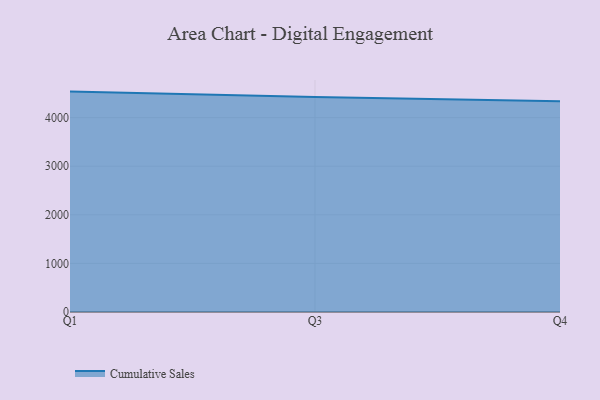
{"axis": {"x": "Quarter", "y": "LTV (USD)"}, "legend": ["Cumulative Sales"], "data": [{"x": "Q1", "y": 4536.0, "type": "Cumulative Sales"}, {"x": "Q3", "y": 4426.0, "type": "Cumulative Sales"}, {"x": "Q4", "y": 4338.2, "type": "Cumulative Sales"}]}